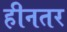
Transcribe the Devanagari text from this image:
हीनतर